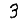
Digit: 3